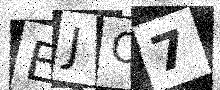
Text: EJO7